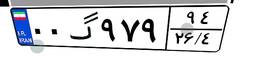
۰۰گ۹۷۹۹۴